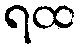
ရထ